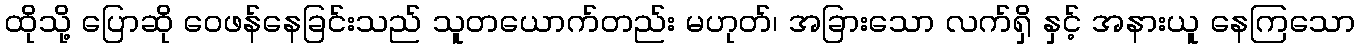
ထိုသို့ ပြောဆို ဝေဖန်နေခြင်းသည် သူတယောက်တည်း မဟုတ်၊ အခြားသော လက်ရှိ နှင့် အနားယူ နေကြသော